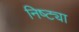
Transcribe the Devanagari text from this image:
निष्ट्या